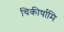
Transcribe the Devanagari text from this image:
चिकीर्षामि